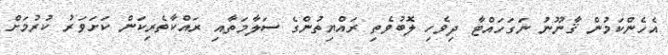
އެހެންކަމުން ޤާނޫނު ނަގަހައްޓާ ދިވެހި ލޮބުވެތި ރައްޔިތުންގެ ސަލާމަތާއި ރައްކާތެރިކަން ކަށަވަރު ކުރުމަށް